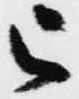
被